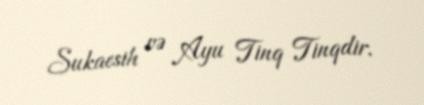
Sukaesih və Ayu Tinq Tinqdir.